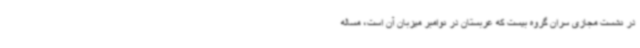
در نشست مجازی سران گروه بیست که عربستان در نوامبر میزبان آن است، مساله